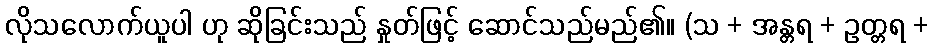
လိုသလောက်ယူပါ ဟု ဆိုခြင်းသည် နှုတ်ဖြင့် ဆောင်သည်မည်၏။ (သ + အန္တရ + ဥတ္တရ +